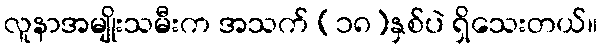
လူနာအမျိုးသမီးက အသက် (၁၈)နှစ်ပဲ ရှိသေးတယ်။